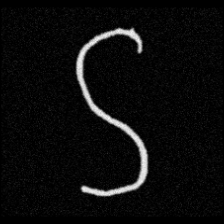
Pyu character \u2014 Myanmar letter: ဌ (romanized: ttha)